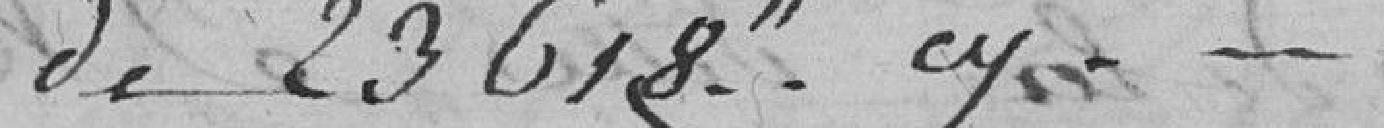
de 23618h et